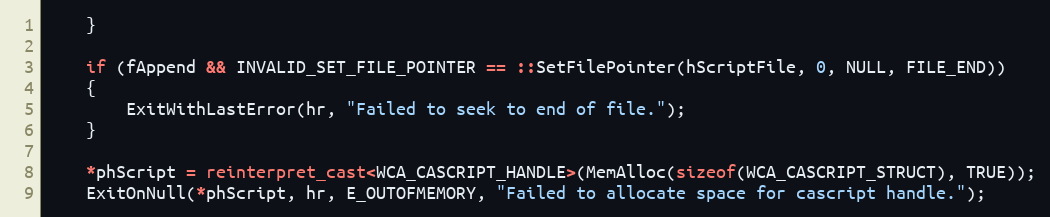
Language: C++
    }

    if (fAppend && INVALID_SET_FILE_POINTER == ::SetFilePointer(hScriptFile, 0, NULL, FILE_END))
    {
        ExitWithLastError(hr, "Failed to seek to end of file.");
    }

    *phScript = reinterpret_cast<WCA_CASCRIPT_HANDLE>(MemAlloc(sizeof(WCA_CASCRIPT_STRUCT), TRUE));
    ExitOnNull(*phScript, hr, E_OUTOFMEMORY, "Failed to allocate space for cascript handle.");